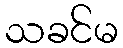
သခင်မ